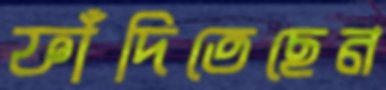
ফাঁদিতেছেন